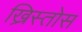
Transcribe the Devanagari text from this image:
ख्रिस्तोस